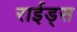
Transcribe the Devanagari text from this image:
राईड्स